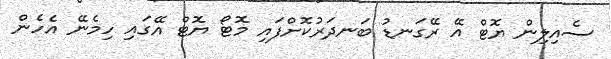
ސެއިލިން ޔޮޓް އޭ ރޭގަނޑު ބަނދަރުކޮށްފައި މޮޓޯ ޔޮޓް އޭގައި ހިމެނޭ އެހެން